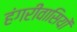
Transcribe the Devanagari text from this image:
हंगरीवासियों